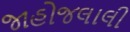
જાહોજલાલી